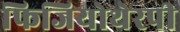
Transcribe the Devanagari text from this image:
फिजियोथेरपी